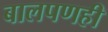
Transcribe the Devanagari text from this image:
बालपणही